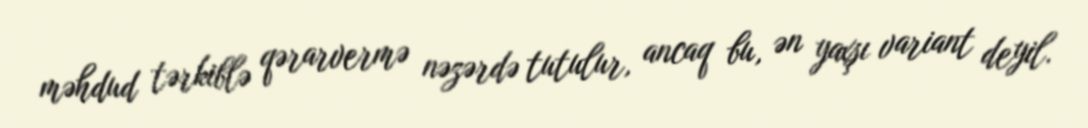
məhdud tərkiblə qərarvermə nəzərdə tutulur, ancaq bu, ən yaxşı variant deyil.